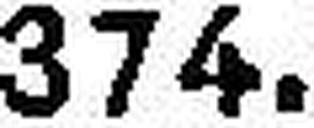
374.—